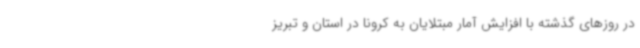
در روزهای گذشته با افزایش آمار مبتلایان به کرونا در استان و تبریز